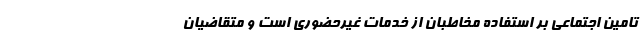
تامین اجتماعی بر استفاده مخاطبان از خدمات غیرحضوری است و متقاضیان